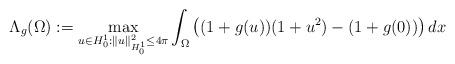
LaTeX: \begin{align*}\Lambda_g(\Omega):=\max_{u\in H^1_0:\|u\|_{H^1_0}^2\le 4\pi} \int_\Omega\left((1+g(u))(1+u^2)-(1+g(0))\right) dx\end{align*}